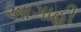
આગાહી